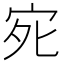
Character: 𭓩